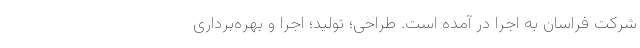
شرکت فراسان به اجرا در آمده است. طراحی؛ تولید؛ اجرا و بهره‌برداری